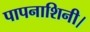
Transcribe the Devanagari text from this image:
पापनाशिनी।